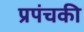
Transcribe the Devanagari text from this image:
प्रपंचकी